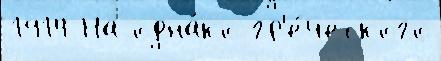
1914 На одна́ко гр'е́ческого